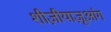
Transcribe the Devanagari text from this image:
शीज़ीयाज़ूआंग